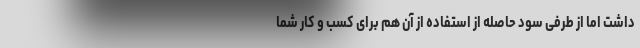
داشت اما از طرفی سود حاصله از استفاده از آن هم برای کسب و کار شما